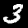
Digit: 3